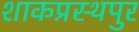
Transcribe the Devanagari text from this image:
शाकप्रस्थपुर